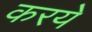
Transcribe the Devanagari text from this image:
करये